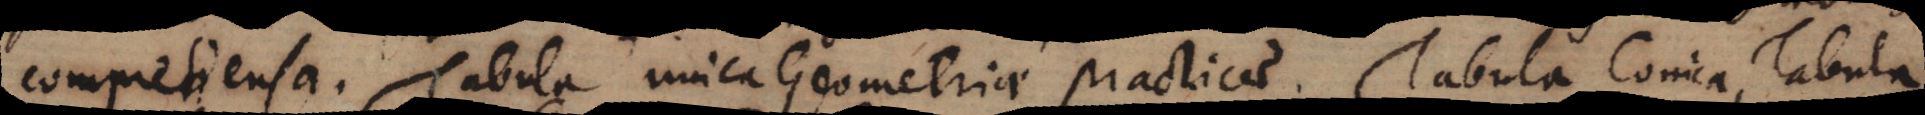
omprehensa. Tabula unica Geometriae practicae. Tabula Conica, Tabula